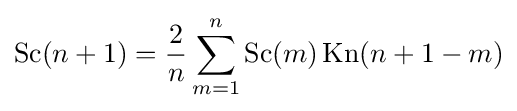
{\text{Sc}}(n+1)={\frac {2}{n}}\sum _{m=1}^{n}{\text{Sc}}(m)\,{\text{Kn}}(n+1-m)